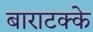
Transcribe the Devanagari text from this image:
बाराटक्के